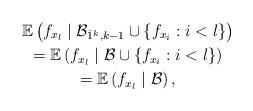
LaTeX: \begin{gather*}\mathbb{E}\left(f_{x_l}\mid\mathcal{B}_{\bar{1}^k,k-1}\cup\{f_{x_i} : i < l\} \right)\\=\mathbb{E} \left(f_{x_l}\mid\mathcal{B}\cup\{f_{x_i} : i < l\} \right)\\ = \mathbb{E} \left(f_{x_l}\mid\mathcal{B} \right),\end{gather*}